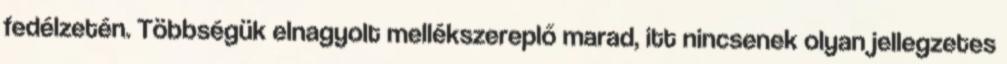
fedélzetén. Többségük elnagyolt mellékszereplő marad, itt nincsenek olyan jellegzetes